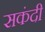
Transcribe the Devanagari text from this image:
सकंदी